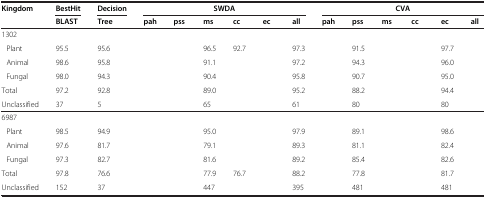
<table><thead><tr><td rowspan="2"><b>Kingdom</b></td><td><b>BestHit</b></td><td><b>Decision</b></td><td>[EMPTY_CELL]</td><td>[EMPTY_CELL]</td><td><b>SWDA</b></td><td>[EMPTY_CELL]</td><td>[EMPTY_CELL]</td><td>[EMPTY_CELL]</td><td>[EMPTY_CELL]</td><td>[EMPTY_CELL]</td><td><b>CVA</b></td><td>[EMPTY_CELL]</td><td>[EMPTY_CELL]</td><td>[EMPTY_CELL]</td></tr><tr><td><b>BLAST</b></td><td><b>Tree</b></td><td><b>pah</b></td><td><b>pss</b></td><td><b>ms</b></td><td><b>cc</b></td><td><b>ec</b></td><td><b>all</b></td><td><b>pah</b></td><td><b>pss</b></td><td><b>ms</b></td><td><b>cc</b></td><td><b>ec</b></td><td><b>all</b></td></tr></thead><tbody><tr><td>1302</td><td>[EMPTY_CELL]</td><td>[EMPTY_CELL]</td><td>[EMPTY_CELL]</td><td>[EMPTY_CELL]</td><td>[EMPTY_CELL]</td><td>[EMPTY_CELL]</td><td>[EMPTY_CELL]</td><td>[EMPTY_CELL]</td><td>[EMPTY_CELL]</td><td>[EMPTY_CELL]</td><td>[EMPTY_CELL]</td><td>[EMPTY_CELL]</td><td>[EMPTY_CELL]</td><td>[EMPTY_CELL]</td></tr><tr><td> Plant</td><td>95.5</td><td>95.6</td><td>[EMPTY_CELL]</td><td>[EMPTY_CELL]</td><td>96.5</td><td>92.7</td><td>[EMPTY_CELL]</td><td>97.3</td><td>[EMPTY_CELL]</td><td>91.5</td><td>[EMPTY_CELL]</td><td>[EMPTY_CELL]</td><td>97.7</td><td>[EMPTY_CELL]</td></tr><tr><td> Animal</td><td>98.6</td><td>95.8</td><td>[EMPTY_CELL]</td><td>[EMPTY_CELL]</td><td>91.1</td><td>[EMPTY_CELL]</td><td>[EMPTY_CELL]</td><td>97.2</td><td>[EMPTY_CELL]</td><td>94.3</td><td>[EMPTY_CELL]</td><td>[EMPTY_CELL]</td><td>96.0</td><td>[EMPTY_CELL]</td></tr><tr><td> Fungal</td><td>98.0</td><td>94.3</td><td>[EMPTY_CELL]</td><td>[EMPTY_CELL]</td><td>90.4</td><td>[EMPTY_CELL]</td><td>[EMPTY_CELL]</td><td>95.8</td><td>[EMPTY_CELL]</td><td>90.7</td><td>[EMPTY_CELL]</td><td>[EMPTY_CELL]</td><td>95.0</td><td>[EMPTY_CELL]</td></tr><tr><td>Total</td><td>97.2</td><td>92.8</td><td>[EMPTY_CELL]</td><td>[EMPTY_CELL]</td><td>89.0</td><td>[EMPTY_CELL]</td><td>[EMPTY_CELL]</td><td>95.2</td><td>[EMPTY_CELL]</td><td>88.2</td><td>[EMPTY_CELL]</td><td>[EMPTY_CELL]</td><td>94.4</td><td>[EMPTY_CELL]</td></tr><tr><td>Unclassified</td><td>37</td><td>5</td><td>[EMPTY_CELL]</td><td>[EMPTY_CELL]</td><td>65</td><td>[EMPTY_CELL]</td><td>[EMPTY_CELL]</td><td>61</td><td>[EMPTY_CELL]</td><td>80</td><td>[EMPTY_CELL]</td><td>[EMPTY_CELL]</td><td>80</td><td>[EMPTY_CELL]</td></tr><tr><td>6987</td><td>[EMPTY_CELL]</td><td>[EMPTY_CELL]</td><td>[EMPTY_CELL]</td><td>[EMPTY_CELL]</td><td>[EMPTY_CELL]</td><td>[EMPTY_CELL]</td><td>[EMPTY_CELL]</td><td>[EMPTY_CELL]</td><td>[EMPTY_CELL]</td><td>[EMPTY_CELL]</td><td>[EMPTY_CELL]</td><td>[EMPTY_CELL]</td><td>[EMPTY_CELL]</td><td>[EMPTY_CELL]</td></tr><tr><td> Plant</td><td>98.5</td><td>94.9</td><td>[EMPTY_CELL]</td><td>[EMPTY_CELL]</td><td>95.0</td><td>[EMPTY_CELL]</td><td>[EMPTY_CELL]</td><td>97.9</td><td>[EMPTY_CELL]</td><td>89.1</td><td>[EMPTY_CELL]</td><td>[EMPTY_CELL]</td><td>98.6</td><td>[EMPTY_CELL]</td></tr><tr><td> Animal</td><td>97.6</td><td>81.7</td><td>[EMPTY_CELL]</td><td>[EMPTY_CELL]</td><td>79.1</td><td>[EMPTY_CELL]</td><td>[EMPTY_CELL]</td><td>89.3</td><td>[EMPTY_CELL]</td><td>81.1</td><td>[EMPTY_CELL]</td><td>[EMPTY_CELL]</td><td>82.4</td><td>[EMPTY_CELL]</td></tr><tr><td> Fungal</td><td>97.3</td><td>82.7</td><td>[EMPTY_CELL]</td><td>[EMPTY_CELL]</td><td>81.6</td><td>[EMPTY_CELL]</td><td>[EMPTY_CELL]</td><td>89.2</td><td>[EMPTY_CELL]</td><td>85.4</td><td>[EMPTY_CELL]</td><td>[EMPTY_CELL]</td><td>82.6</td><td>[EMPTY_CELL]</td></tr><tr><td>Total</td><td>97.8</td><td>76.6</td><td>[EMPTY_CELL]</td><td>[EMPTY_CELL]</td><td>77.9</td><td>76.7</td><td>[EMPTY_CELL]</td><td>88.2</td><td>[EMPTY_CELL]</td><td>77.8</td><td>[EMPTY_CELL]</td><td>[EMPTY_CELL]</td><td>81.7</td><td>[EMPTY_CELL]</td></tr><tr><td>Unclassified</td><td>152</td><td>37</td><td>[EMPTY_CELL]</td><td>[EMPTY_CELL]</td><td>447</td><td>[EMPTY_CELL]</td><td>[EMPTY_CELL]</td><td>395</td><td>[EMPTY_CELL]</td><td>481</td><td>[EMPTY_CELL]</td><td>[EMPTY_CELL]</td><td>481</td><td>[EMPTY_CELL]</td></tr></tbody></table>